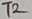
Text: T2